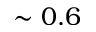
\sim 0 . 6